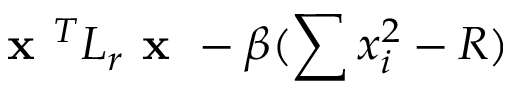
\textbf { x } ^ { T } L _ { r } \textbf { x } - \beta ( \sum x _ { i } ^ { 2 } - R )